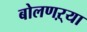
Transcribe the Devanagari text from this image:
बोलणऱ्या